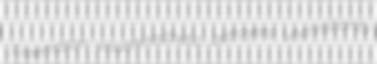
Freemason visuokinesthetic betrayers unchristianity